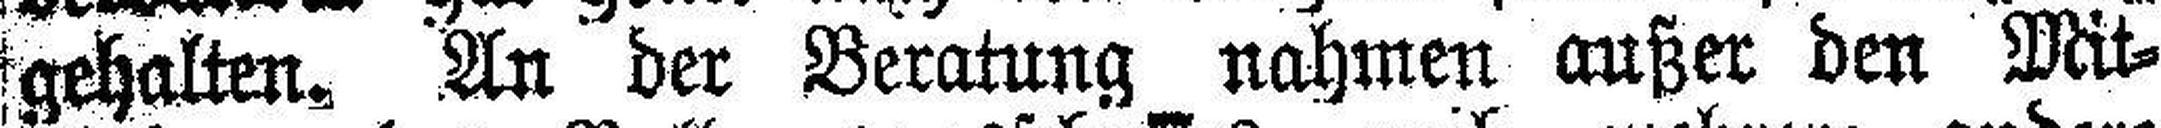
gehalten. An der Beratung nahmen außer den Mit¬